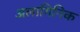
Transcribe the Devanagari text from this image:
अलागिनिक